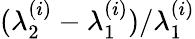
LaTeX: (\lambda_{2}^{(i)}-\lambda_{1}^{(i)})/\lambda_{1}^{(i)}